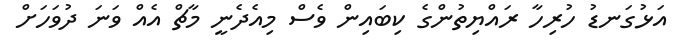
އަޅުގަނޑު ހުރިހާ ރައްޔިތުންގެ ކިބައިން ވެސް މިއެދެނީ މާޗް އެއް ވަނަ ދުވަހަށް